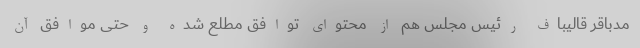
مدباقر قالیباف رئیس مجلس هم از محتوای توافق مطلع شده و حتی موافق آن